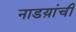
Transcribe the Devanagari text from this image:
नाडय़ांची